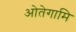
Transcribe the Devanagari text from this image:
ओतेगामि